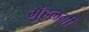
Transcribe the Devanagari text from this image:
मुंहलगी